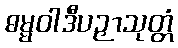
ဓမ္မဝါဒီပဉှာသုတ္တံ